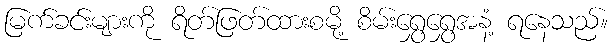
မြက်ခင်းများကို ရိတ်ဖြတ်ထားစမို့ စိမ်းရွှေရွှေအနံ့ ရနေသည်။